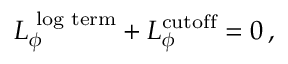
L _ { \phi } ^ { \mathrm { \scriptsize ~ l o g ~ t e r m } } + L _ { \phi } ^ { \mathrm { c u t o f f } } = 0 \, ,